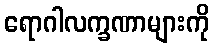
ရောဂါလက္ခဏာများကို